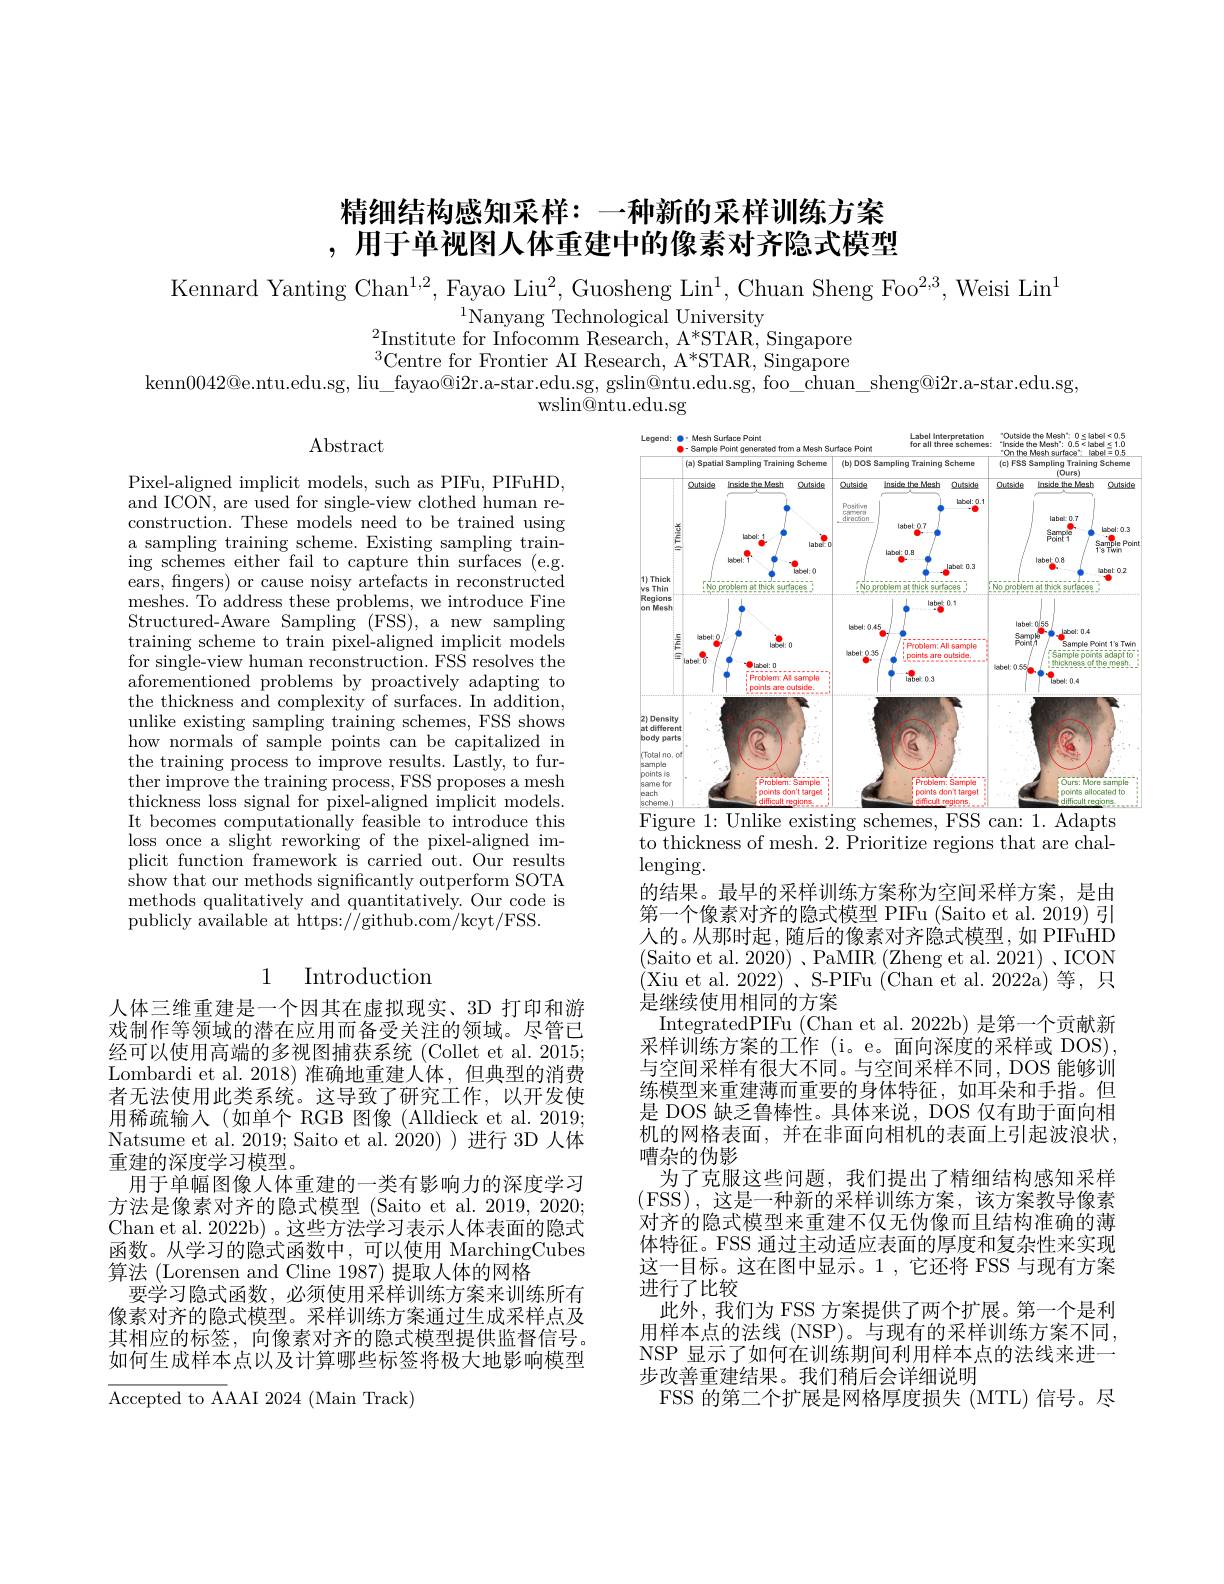
# 精细结构感知采样：一种新的采样训练方案,用于单视图人体重建中的像素对齐隐式模型

Kennard Yanting Chan$^1,2$,Fayao Liu$^2$,Guosheng Lin$^1$, Chuan Sheng Foo$^2,3$, Weisi Lin$^1$

$^{1}\underset{c}{\operatorname*{\text{Nanyang Technological University}}}$
$^{2}$Institute for Infocomm Research, A*STAR, Singapore $^{3}$Centre for Frontier AI Research, A*STAR, Singapore

kenn$0042@$e.ntu.edu.sg, liu\_fayao@i2r.a-star.edu.sg, gslin@ntu.edu.sg, foo\_chuan\_sheng@i2r.a-star.edu.sg,

wslin@ ntu. edu. sg

$\operatorname{Abstract}$

<FigureHere>
Figure 1: Unlike existing schemes, FSS can: 1. Adapts

Pixel-aligned implicit models, such as PIFu, PIFuHD and ICON, are used for single-view clothed human reconstruction. These models need to be trained using a sampling training scheme. Existing sampling training schemes either fail to capture thin surfaces (e.g. $\bar{\text{ears, fingers) or cause noisy artefacts in reconstructed}}$ meshes. To address these problems, we introduce Fine Structured-Aware Sampling (FSS), a new sampling training scheme to train pixel-aligned implicit models for single-view human reconstruction. FSS resolves the aforementioned problems by proactively adapting to the thickness and complexity of surfaces. In addition, unlike existing sampling training schemes, FSS shows how normals of sample points can be capitalized in the training process to improve results. Lastly, to further improve the training process, FSS proposes a mesh thickness loss signal for pixel-aligned implicit models. It becomes computationally feasible to introduce this loss once a slight reworking of the pixel-aligned implicit function framework is carried out. Our results show that our methods significantly outperform SOTA methods qualitatively and quantitatively. Our code is $\hat{\text{publicly available at https:}//}$github.com/kcyt/FSS.

to thickness of mesh. 2. Prioritize regions that are chal-
$\operatorname{lenging}.$

## 1 Introduction

的结果。最早的采样训练方案称为空间采样方案，是由第一个像素对齐的隐式模型 PIFu (Saito et al. 2019) 引人的。从那时起，随后的像素对齐隐式模型，如 PIFuHD (Saito et al. 2020)、PaMIR(Zheng et al. 2021)、ICON 是继续使用相同的方案
IntegratedPIFu (Chan et al. 2022b) 是第一个贡献新$\bar{\text{采样训练方案的工作 (i。e。面向深度的采样或 DOS)}}$ 与空间采样有很大不同。与空间采样不同，DOS 能够训练模型来重建薄而重要的身体特征，如耳朵和手指。但是 DOS 缺乏鲁棒性。具体来说，DOS 仅有助于面向相机的网格表面，并在非面向相机的表面上引起波浪状， 嘈杂的伪影
为了克服这些问题，我们提出了精细结构感知采样(FSS),这是一种新的采样训练方案，该方案教导像素对齐的隐式模型来重建不仅无伪像而且结构准确的薄体特征。FSS 通过主动适应表面的厚度和复杂性来实现这一目标。这在图中显示。1 , 它还将 FSS 与现有方案进行了比较
此外，我们为 FSS 方案提供了两个扩展。第一个是利用样本点的法线 (NSP)。与现有的采样训练方案不同NSP 显示了如何在训练期间利用样本点的法线来进一步改善重建结果。我们稍后会详细说明
FSS 的第二个扩展是网格厚度损失(MTL)信号。尽

人体三维重建是一个因其在虚拟现实、3D 打印和游戏制作等领域的潜在应用而备受关注的领域。尽管已经可以使用高端的多视图捕获系统 (Collet et al. 2015; Lombardi et al. 2018) 准确地重建人体，但典型的消费者无法使用此类系统。这导致了研究工作，以开发使用稀疏输入(如单个 RGB 图像(Alldieck et al.2019; Natsume et al. 2019; Saito et al. 2020) ) 进行 3D 人体重建的深度学习模型
用于单幅图像人体重建的一类有影响力的深度学习方法是像素对齐的隐式模型 (Saito et al. 2019, 2020; Chan et al. 2022b) 。这些方法学习表示人体表面的隐式函数。从学习的隐式函数中，可以使用 MarchingCubes 算法 (Lorensen and Cline 1987) 提取人体的网格
要学习隐式函数，必须使用采样训练方案来训练所有像素对齐的隐式模型。采样训练方案通过生成采样点及其相应的标签，向像素对齐的隐式模型提供监督信号。如何生成样本点以及计算哪些标签将极大地影响模型

Accepted to AAAI 2024 (Main Track)